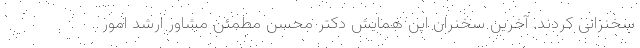
سخنرانی کردند. آخرین سخنران این همایش دکتر محسن مطمئن مشاور ارشد امور